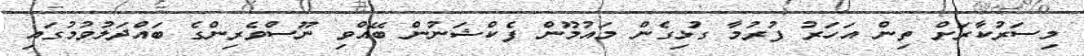
މިސަރުކާރަށް ތިން އަހަރު ފުރުމާ ގުޅިގެން މައުމޫން ފެކްޝަނުން ބޭއްވި ނޫސްވެރިންގެ ބައްދަލުވުމުގައި